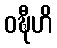
ဝဍ္ဎီဟိ